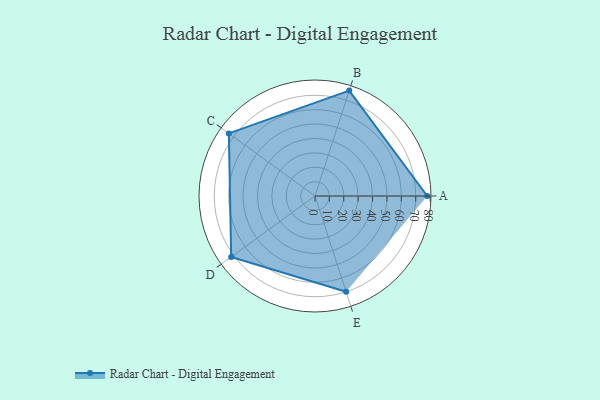
{"axis": {"x": "Skill", "y": "Score"}, "legend": ["Profile"], "data": [{"x": "A", "y": 78.0, "type": "Profile"}, {"x": "B", "y": 77.0, "type": "Profile"}, {"x": "C", "y": 74.0, "type": "Profile"}, {"x": "D", "y": 72.0, "type": "Profile"}, {"x": "E", "y": 70.0, "type": "Profile"}]}